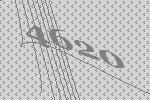
4620